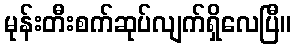
မုန်းတီးစက်ဆုပ်လျက်ရှိလေပြီ။